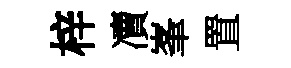
梓凟峯置